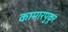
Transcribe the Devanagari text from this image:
कामारपुकूर